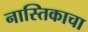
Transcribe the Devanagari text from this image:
नास्तिकाचा